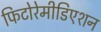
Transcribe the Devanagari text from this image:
फिटोरेमीडिएशन